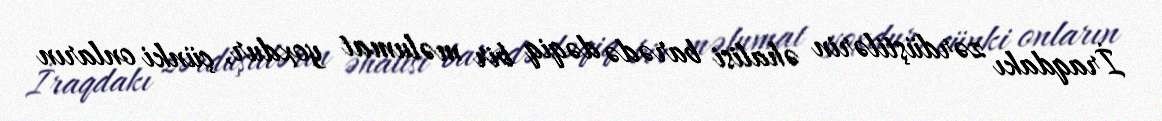
İraqdakı zərdüştilərin əhalisi barədə dəqiq bir məlumat yoxdur, çünki onların